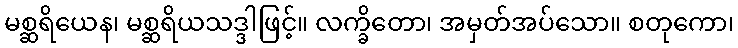
မစ္ဆရိယေန၊ မစ္ဆရိယသဒ္ဒါဖြင့်။ လက္ခိတော၊ အမှတ်အပ်သော။ စတုကော၊